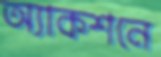
অ্যাকশনে